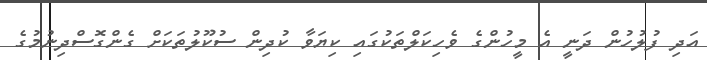
އަދި ފުލުހުން ދަނީ އެ މީހުންގެ ވެހިކަލްތަކުގައި ކިޔަވާ ކުދިން ސުކޫލުތަކަށް ގެންގޮސްދިނުމުގެ